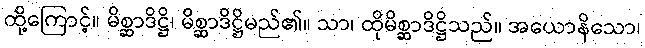
ထို့ကြောင့်။ မိစ္ဆာဒိဋ္ဌိ၊ မိစ္ဆာဒိဋ္ဌိမည်၏။ သာ၊ ထိုမိစ္ဆာဒိဋ္ဌိသည်။ အယောနိသော၊